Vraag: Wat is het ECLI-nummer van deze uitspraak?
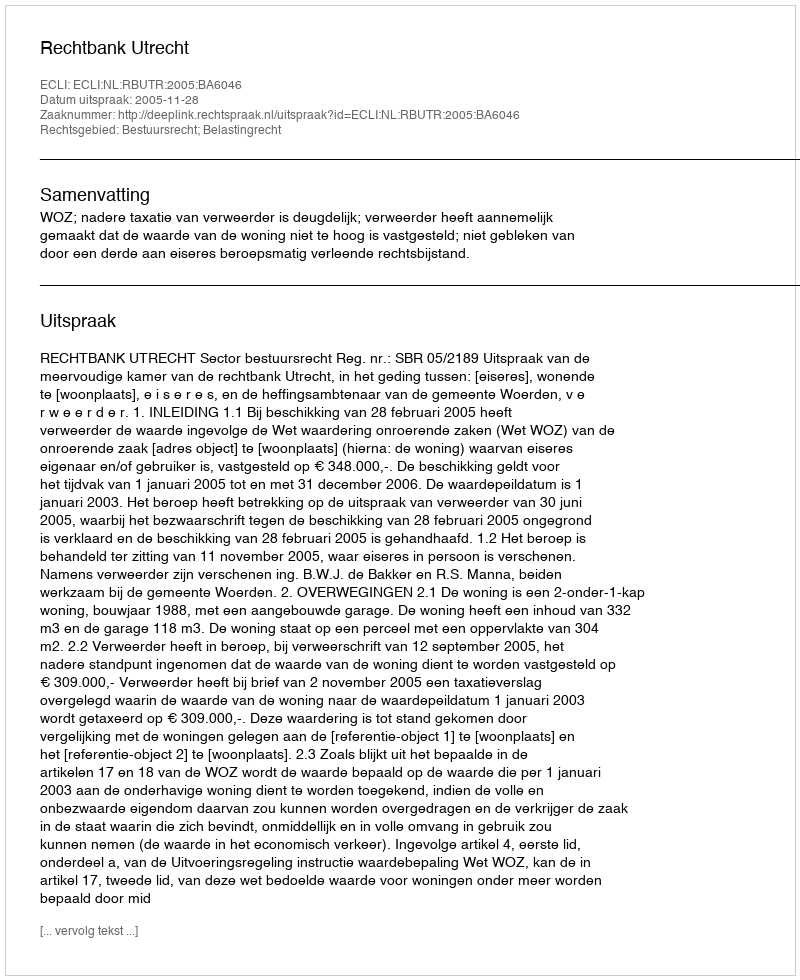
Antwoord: ECLI:NL:RBUTR:2005:BA6046